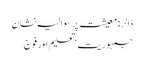
ڈالر : معیشت پر سوالیہ نشان
جمہوریت‘ تعلیم اور فوج